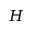
H